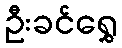
ဦးခင်ရွှေ